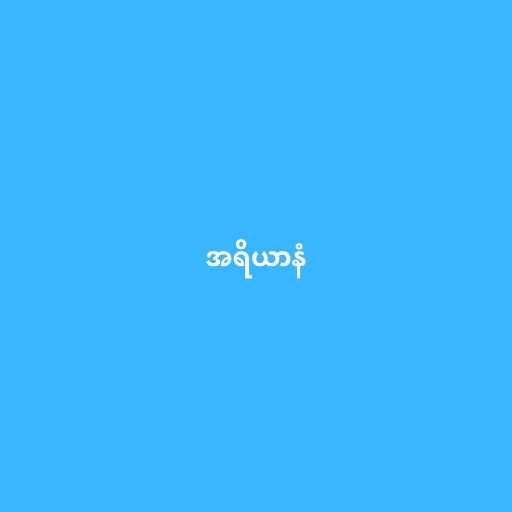
အရိယာနံ